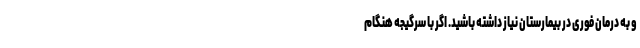
و به درمان فوری در بیمارستان نیاز داشته باشید. اگر با سرگیجه هنگام